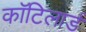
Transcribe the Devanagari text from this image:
कॉटिलार्ड